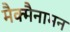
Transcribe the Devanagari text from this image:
मैक्मैनामन